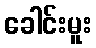
ခေါင်းမူး